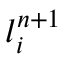
{ l } _ { i } ^ { n + 1 }